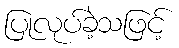
ပြုလုပ်ခဲ့သဖြင့်